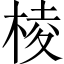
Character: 棱